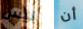
ليس أن